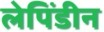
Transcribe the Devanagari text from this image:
लेपिंडीन